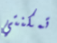
تمكنتي